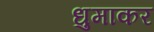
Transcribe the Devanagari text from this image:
धुमाकर